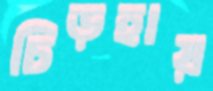
চিড়হায়